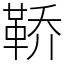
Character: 鞒